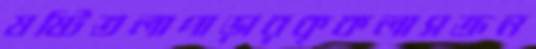
ষষ্টিতলাপাড়ারকৃকলাসক্রন